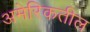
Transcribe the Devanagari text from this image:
अमेरिकतील